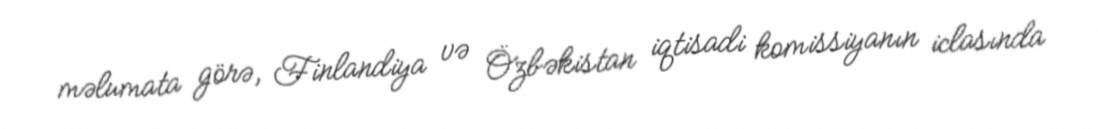
məlumata görə, Finlandiya və Özbəkistan iqtisadi komissiyanın iclasında